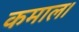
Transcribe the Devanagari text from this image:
कमाल।